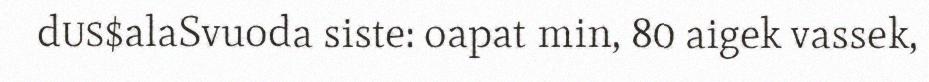
dus$alaSvuoda siste: oapat min, 80 aigek vassek,